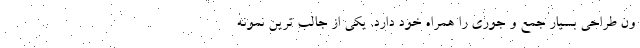
ون طراحی بسیار جمع و جوری را همراه خود دارد. یکی از جالب ترین نمونه